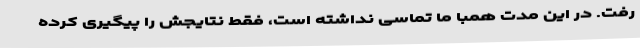
رفت. در این مدت همبا ما تماسی نداشته است، فقط نتایجش را پیگیری کرده